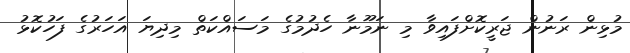
މުޅިން ރަނުން ޖަރީކޮށްފައިވާ މި ނަމޫނާ ހެދުމުގެ މަސައްކަތް މިދިޔަ އަހަރުގެ ފަހުކޮޅު